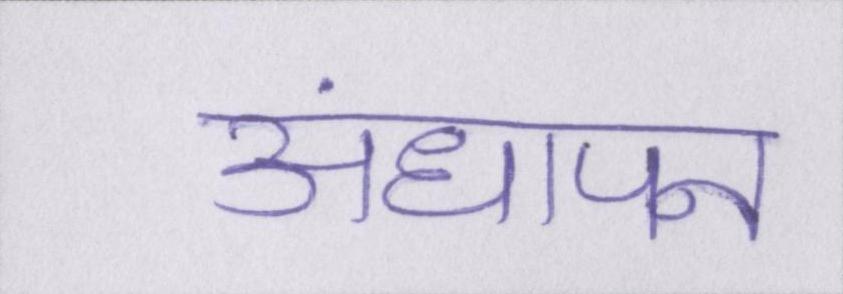
अंधापन